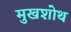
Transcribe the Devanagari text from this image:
मुखशोथ